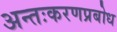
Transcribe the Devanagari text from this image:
अन्तःकरणप्रबोध